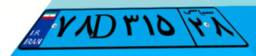
۷۸D۳۱۵۲۸